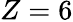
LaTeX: Z=6